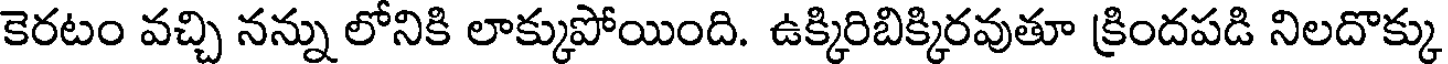
కెరటం వచ్చి నన్ను లోనికి లాక్కుపోయింది. ఉక్కిరిబిక్కిరవుతూ క్రిందపడి నిలదొక్కు